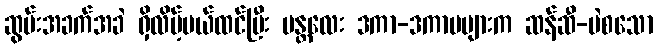
ဆွမ်းအခက်အခဲ ရှိလိမ့်မယ်ထင်ပြီး မန္တလေး ဒကာ-ဒကာမများက ဆန်ဆီ-ပဲစသော